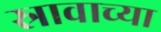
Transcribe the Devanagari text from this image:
स्रावाच्या